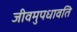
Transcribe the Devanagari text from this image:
जीवमुपधावति